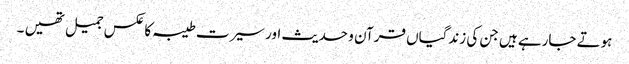
ہوتے جارہے ہیں جن کی زندگیاں قرآن و حدیث اور سیرت طیبہ کا عکس جمیل تھیں ۔